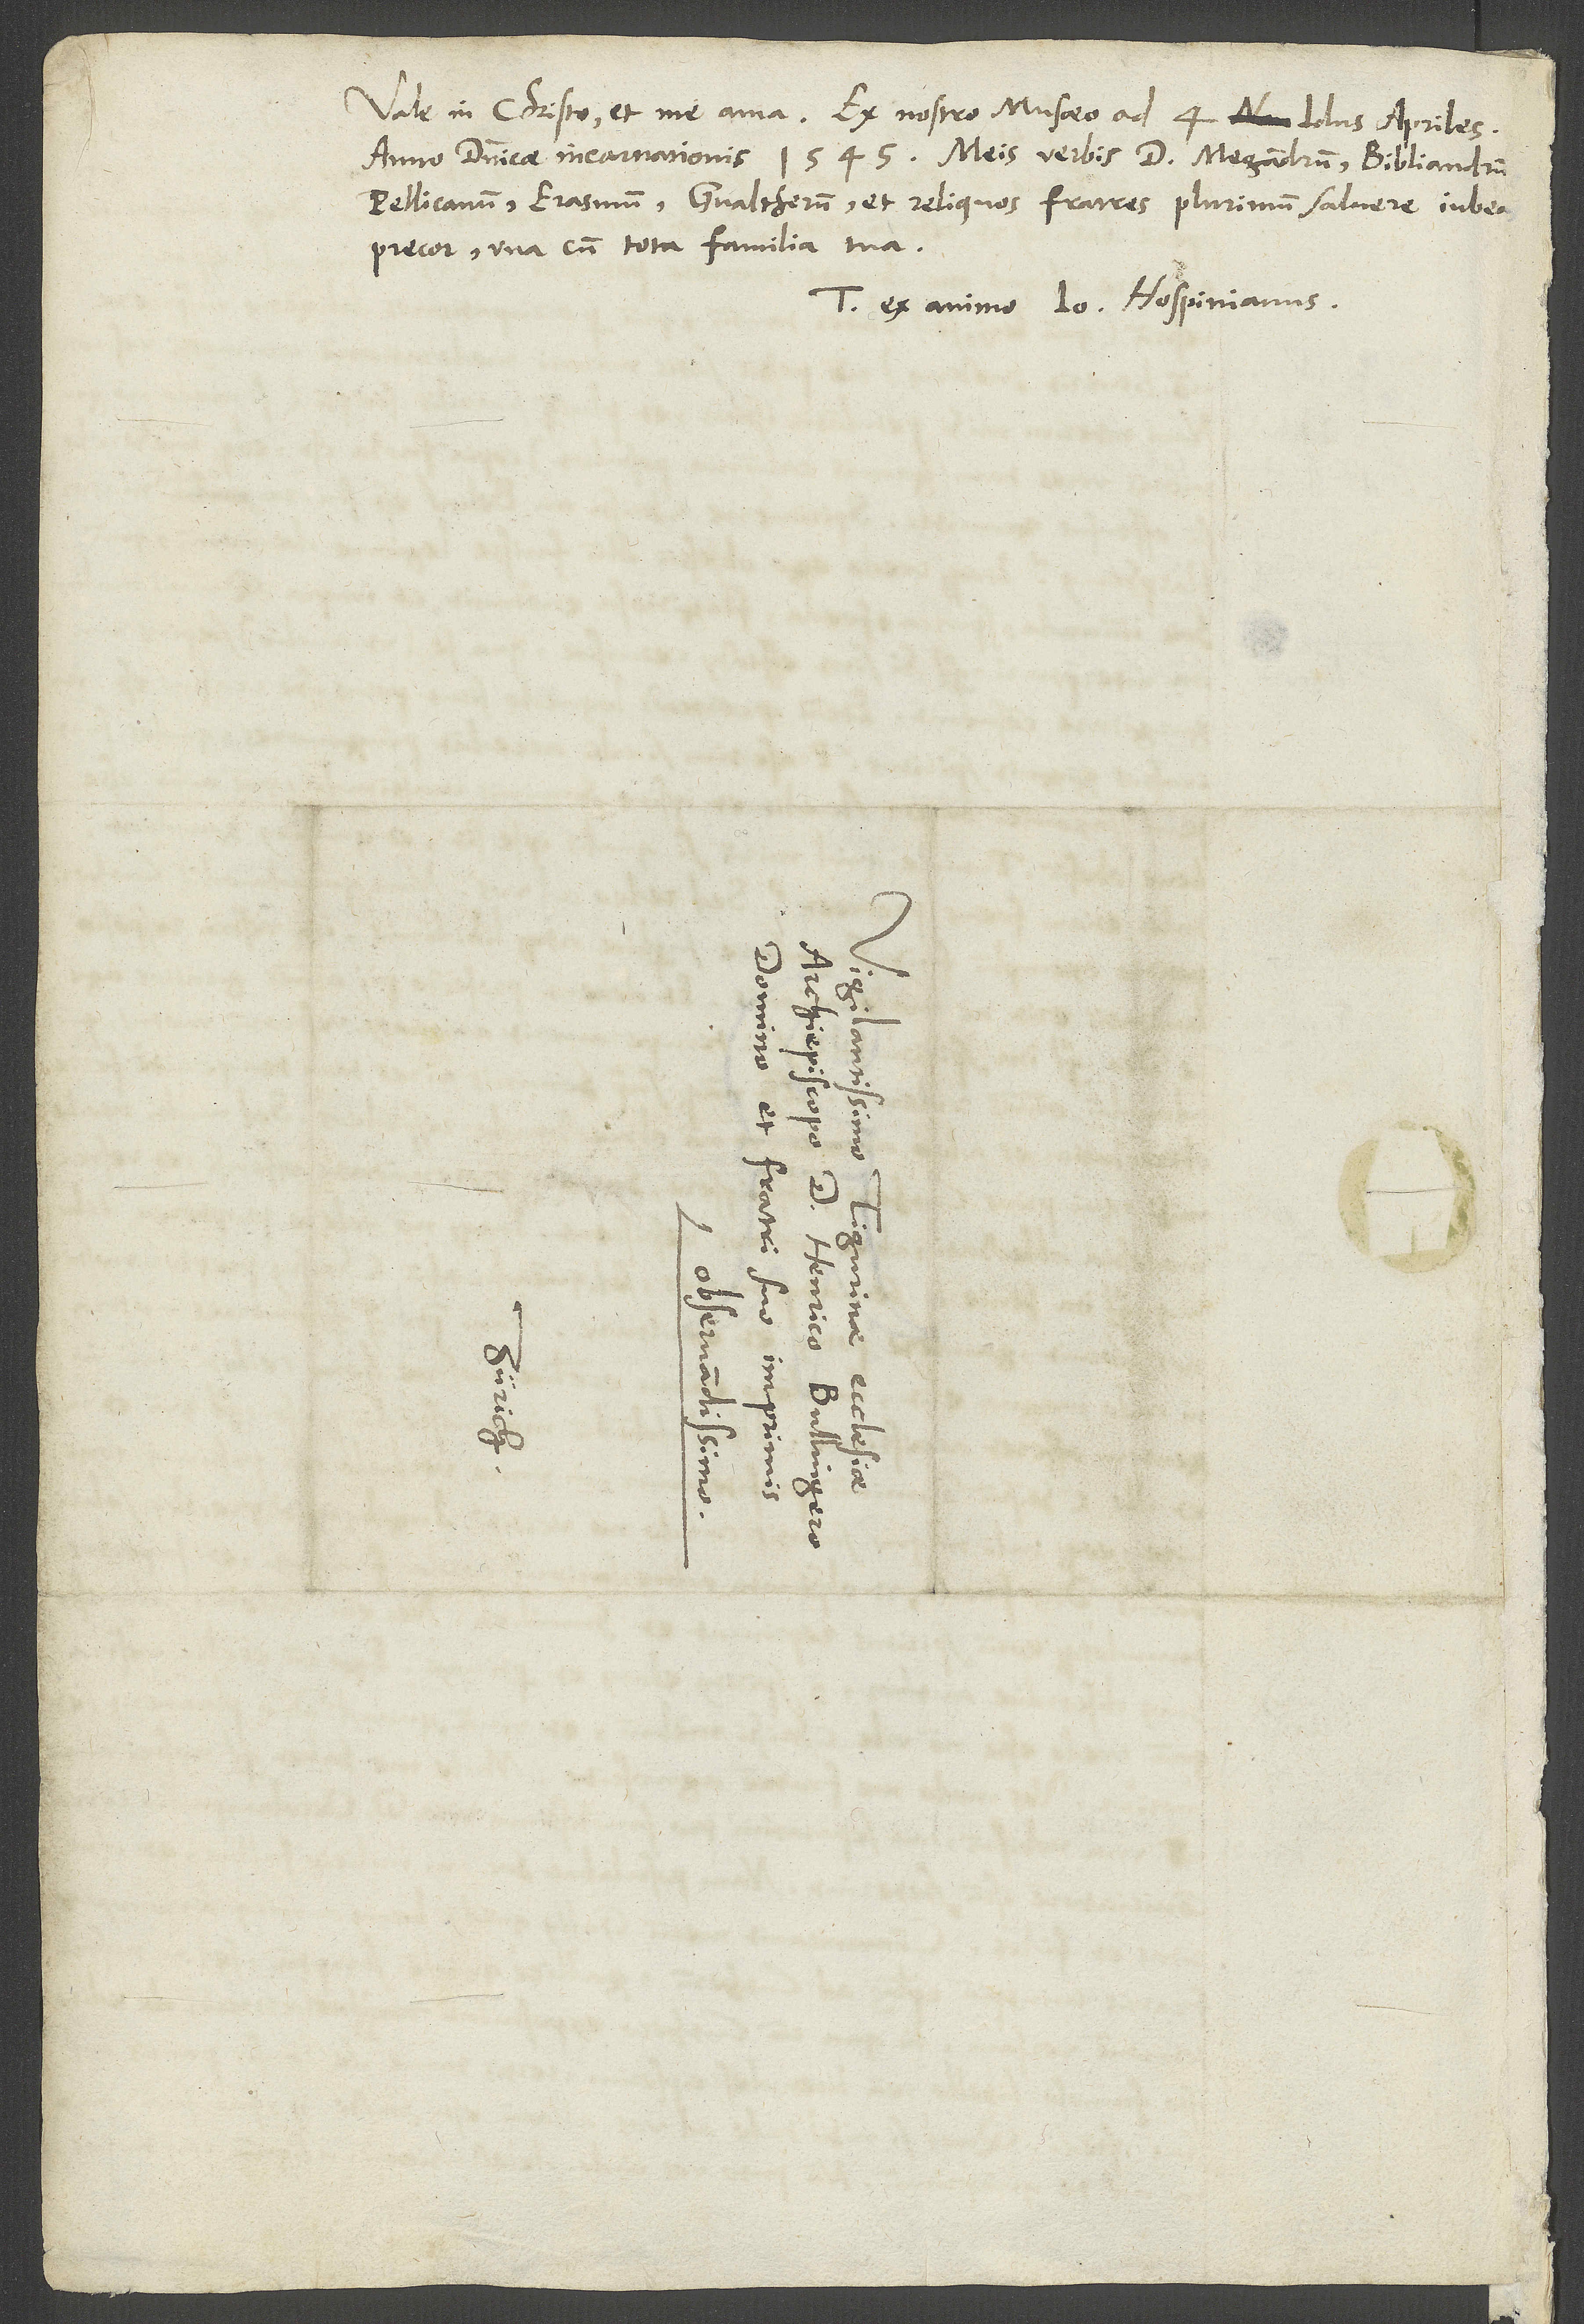
Vale in Christo et me ama. Ex nostro musaeo, ad 4. idus apriles
anno dominicae incarnationis 1545. Meis verbis d. Megandrum, Bibliandrum,
Pellicanum, Erasmum, Gvaltherum et reliquos fratres plurimum salvere iubeas,
precor, una cum tota familia tua.
Tuus ex animo Io. Hospinianus.
S.
d.